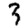
Digit: 3